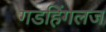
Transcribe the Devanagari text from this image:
गडहिंगलज